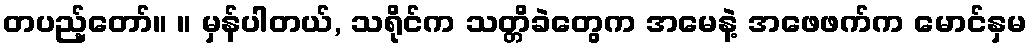
တပည့်တော်။ ။ မှန်ပါတယ်, သရိုင်က သတ္တိခဲတွေက အမေနဲ့ အဖေဖက်က မောင်နှမ